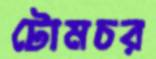
টোমচর